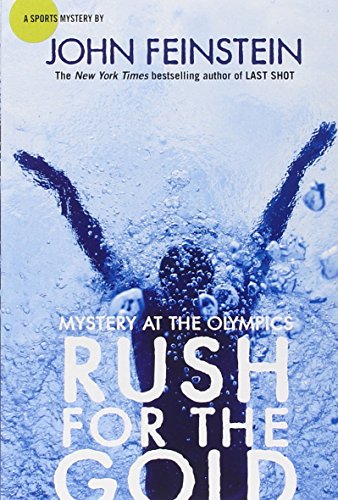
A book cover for Rush for the Gold: Mystery at the Olympics (The Sports Beat, 6); John Feinstein; Children's Books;